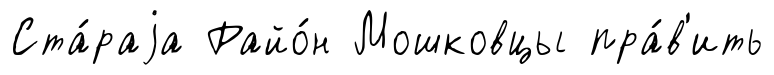
Ста́раjа Райо́н Мошковцы пра́в'ить